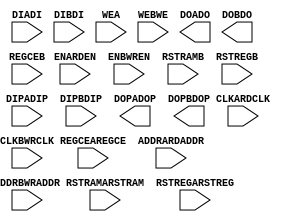
module RAMB18E1 (
	input CLKARDCLK,
	input CLKBWRCLK,
	input ENARDEN,
	input ENBWREN,
	input REGCEAREGCE,
	input REGCEB,
	input RSTRAMARSTRAM,
	input RSTRAMB,
	input RSTREGARSTREG,
	input RSTREGB,

	input [13:0] ADDRARDADDR,
	input [13:0] ADDRBWRADDR,
	input [15:0] DIADI,
	input [15:0] DIBDI,
	input [1:0] DIPADIP,
	input [1:0] DIPBDIP,
	input [1:0] WEA,
	input [3:0] WEBWE,

	output [15:0] DOADO,
	output [15:0] DOBDO,
	output [1:0] DOPADOP,
	output [1:0] DOPBDOP
);
	parameter INITP_00 = 256'h0000000000000000000000000000000000000000000000000000000000000000;
	parameter INITP_01 = 256'h0000000000000000000000000000000000000000000000000000000000000000;
	parameter INITP_02 = 256'h0000000000000000000000000000000000000000000000000000000000000000;
	parameter INITP_03 = 256'h0000000000000000000000000000000000000000000000000000000000000000;
	parameter INITP_04 = 256'h0000000000000000000000000000000000000000000000000000000000000000;
	parameter INITP_05 = 256'h0000000000000000000000000000000000000000000000000000000000000000;
	parameter INITP_06 = 256'h0000000000000000000000000000000000000000000000000000000000000000;
	parameter INITP_07 = 256'h0000000000000000000000000000000000000000000000000000000000000000;

	parameter INIT_00 = 256'h0000000000000000000000000000000000000000000000000000000000000000;
	parameter INIT_01 = 256'h0000000000000000000000000000000000000000000000000000000000000000;
	parameter INIT_02 = 256'h0000000000000000000000000000000000000000000000000000000000000000;
	parameter INIT_03 = 256'h0000000000000000000000000000000000000000000000000000000000000000;
	parameter INIT_04 = 256'h0000000000000000000000000000000000000000000000000000000000000000;
	parameter INIT_05 = 256'h0000000000000000000000000000000000000000000000000000000000000000;
	parameter INIT_06 = 256'h0000000000000000000000000000000000000000000000000000000000000000;
	parameter INIT_07 = 256'h0000000000000000000000000000000000000000000000000000000000000000;
	parameter INIT_08 = 256'h0000000000000000000000000000000000000000000000000000000000000000;
	parameter INIT_09 = 256'h0000000000000000000000000000000000000000000000000000000000000000;
	parameter INIT_0A = 256'h0000000000000000000000000000000000000000000000000000000000000000;
	parameter INIT_0B = 256'h0000000000000000000000000000000000000000000000000000000000000000;
	parameter INIT_0C = 256'h0000000000000000000000000000000000000000000000000000000000000000;
	parameter INIT_0D = 256'h0000000000000000000000000000000000000000000000000000000000000000;
	parameter INIT_0E = 256'h0000000000000000000000000000000000000000000000000000000000000000;
	parameter INIT_0F = 256'h0000000000000000000000000000000000000000000000000000000000000000;
	parameter INIT_10 = 256'h0000000000000000000000000000000000000000000000000000000000000000;
	parameter INIT_11 = 256'h0000000000000000000000000000000000000000000000000000000000000000;
	parameter INIT_12 = 256'h0000000000000000000000000000000000000000000000000000000000000000;
	parameter INIT_13 = 256'h0000000000000000000000000000000000000000000000000000000000000000;
	parameter INIT_14 = 256'h0000000000000000000000000000000000000000000000000000000000000000;
	parameter INIT_15 = 256'h0000000000000000000000000000000000000000000000000000000000000000;
	parameter INIT_16 = 256'h0000000000000000000000000000000000000000000000000000000000000000;
	parameter INIT_17 = 256'h0000000000000000000000000000000000000000000000000000000000000000;
	parameter INIT_18 = 256'h0000000000000000000000000000000000000000000000000000000000000000;
	parameter INIT_19 = 256'h0000000000000000000000000000000000000000000000000000000000000000;
	parameter INIT_1A = 256'h0000000000000000000000000000000000000000000000000000000000000000;
	parameter INIT_1B = 256'h0000000000000000000000000000000000000000000000000000000000000000;
	parameter INIT_1C = 256'h0000000000000000000000000000000000000000000000000000000000000000;
	parameter INIT_1D = 256'h0000000000000000000000000000000000000000000000000000000000000000;
	parameter INIT_1E = 256'h0000000000000000000000000000000000000000000000000000000000000000;
	parameter INIT_1F = 256'h0000000000000000000000000000000000000000000000000000000000000000;
	parameter INIT_20 = 256'h0000000000000000000000000000000000000000000000000000000000000000;
	parameter INIT_21 = 256'h0000000000000000000000000000000000000000000000000000000000000000;
	parameter INIT_22 = 256'h0000000000000000000000000000000000000000000000000000000000000000;
	parameter INIT_23 = 256'h0000000000000000000000000000000000000000000000000000000000000000;
	parameter INIT_24 = 256'h0000000000000000000000000000000000000000000000000000000000000000;
	parameter INIT_25 = 256'h0000000000000000000000000000000000000000000000000000000000000000;
	parameter INIT_26 = 256'h0000000000000000000000000000000000000000000000000000000000000000;
	parameter INIT_27 = 256'h0000000000000000000000000000000000000000000000000000000000000000;
	parameter INIT_28 = 256'h0000000000000000000000000000000000000000000000000000000000000000;
	parameter INIT_29 = 256'h0000000000000000000000000000000000000000000000000000000000000000;
	parameter INIT_2A = 256'h0000000000000000000000000000000000000000000000000000000000000000;
	parameter INIT_2B = 256'h0000000000000000000000000000000000000000000000000000000000000000;
	parameter INIT_2C = 256'h0000000000000000000000000000000000000000000000000000000000000000;
	parameter INIT_2D = 256'h0000000000000000000000000000000000000000000000000000000000000000;
	parameter INIT_2E = 256'h0000000000000000000000000000000000000000000000000000000000000000;
	parameter INIT_2F = 256'h0000000000000000000000000000000000000000000000000000000000000000;
	parameter INIT_30 = 256'h0000000000000000000000000000000000000000000000000000000000000000;
	parameter INIT_31 = 256'h0000000000000000000000000000000000000000000000000000000000000000;
	parameter INIT_32 = 256'h0000000000000000000000000000000000000000000000000000000000000000;
	parameter INIT_33 = 256'h0000000000000000000000000000000000000000000000000000000000000000;
	parameter INIT_34 = 256'h0000000000000000000000000000000000000000000000000000000000000000;
	parameter INIT_35 = 256'h0000000000000000000000000000000000000000000000000000000000000000;
	parameter INIT_36 = 256'h0000000000000000000000000000000000000000000000000000000000000000;
	parameter INIT_37 = 256'h0000000000000000000000000000000000000000000000000000000000000000;
	parameter INIT_38 = 256'h0000000000000000000000000000000000000000000000000000000000000000;
	parameter INIT_39 = 256'h0000000000000000000000000000000000000000000000000000000000000000;
	parameter INIT_3A = 256'h0000000000000000000000000000000000000000000000000000000000000000;
	parameter INIT_3B = 256'h0000000000000000000000000000000000000000000000000000000000000000;
	parameter INIT_3C = 256'h0000000000000000000000000000000000000000000000000000000000000000;
	parameter INIT_3D = 256'h0000000000000000000000000000000000000000000000000000000000000000;
	parameter INIT_3E = 256'h0000000000000000000000000000000000000000000000000000000000000000;
	parameter INIT_3F = 256'h0000000000000000000000000000000000000000000000000000000000000000;

	parameter IS_CLKARDCLK_INVERTED = 1'b0;
	parameter IS_CLKBWRCLK_INVERTED = 1'b0;
	parameter IS_ENARDEN_INVERTED = 1'b0;
	parameter IS_ENBWREN_INVERTED = 1'b0;
	parameter IS_RSTRAMARSTRAM_INVERTED = 1'b0;
	parameter IS_RSTRAMB_INVERTED = 1'b0;
	parameter IS_RSTREGARSTREG_INVERTED = 1'b0;
	parameter IS_RSTREGB_INVERTED = 1'b0;

	parameter RAM_MODE = "TDP";
	parameter integer DOA_REG = 0;
	parameter integer DOB_REG = 0;

	parameter integer READ_WIDTH_A = 0;
	parameter integer READ_WIDTH_B = 0;
	parameter integer WRITE_WIDTH_A = 0;
	parameter integer WRITE_WIDTH_B = 0;

	parameter WRITE_MODE_A = "WRITE_FIRST";
	parameter WRITE_MODE_B = "WRITE_FIRST";

	parameter SIM_DEVICE = "VIRTEX6";
endmodule

module RAMB36E1 (
	input CLKARDCLK,
	input CLKBWRCLK,
	input ENARDEN,
	input ENBWREN,
	input REGCEAREGCE,
	input REGCEB,
	input RSTRAMARSTRAM,
	input RSTRAMB,
	input RSTREGARSTREG,
	input RSTREGB,

	input [15:0] ADDRARDADDR,
	input [15:0] ADDRBWRADDR,
	input [31:0] DIADI,
	input [31:0] DIBDI,
	input [3:0] DIPADIP,
	input [3:0] DIPBDIP,
	input [3:0] WEA,
	input [7:0] WEBWE,

	output [31:0] DOADO,
	output [31:0] DOBDO,
	output [3:0] DOPADOP,
	output [3:0] DOPBDOP
);
	parameter INITP_00 = 256'h0000000000000000000000000000000000000000000000000000000000000000;
	parameter INITP_01 = 256'h0000000000000000000000000000000000000000000000000000000000000000;
	parameter INITP_02 = 256'h0000000000000000000000000000000000000000000000000000000000000000;
	parameter INITP_03 = 256'h0000000000000000000000000000000000000000000000000000000000000000;
	parameter INITP_04 = 256'h0000000000000000000000000000000000000000000000000000000000000000;
	parameter INITP_05 = 256'h0000000000000000000000000000000000000000000000000000000000000000;
	parameter INITP_06 = 256'h0000000000000000000000000000000000000000000000000000000000000000;
	parameter INITP_07 = 256'h0000000000000000000000000000000000000000000000000000000000000000;
	parameter INITP_08 = 256'h0000000000000000000000000000000000000000000000000000000000000000;
	parameter INITP_09 = 256'h0000000000000000000000000000000000000000000000000000000000000000;
	parameter INITP_0A = 256'h0000000000000000000000000000000000000000000000000000000000000000;
	parameter INITP_0B = 256'h0000000000000000000000000000000000000000000000000000000000000000;
	parameter INITP_0C = 256'h0000000000000000000000000000000000000000000000000000000000000000;
	parameter INITP_0D = 256'h0000000000000000000000000000000000000000000000000000000000000000;
	parameter INITP_0E = 256'h0000000000000000000000000000000000000000000000000000000000000000;
	parameter INITP_0F = 256'h0000000000000000000000000000000000000000000000000000000000000000;

	parameter INIT_00 = 256'h0000000000000000000000000000000000000000000000000000000000000000;
	parameter INIT_01 = 256'h0000000000000000000000000000000000000000000000000000000000000000;
	parameter INIT_02 = 256'h0000000000000000000000000000000000000000000000000000000000000000;
	parameter INIT_03 = 256'h0000000000000000000000000000000000000000000000000000000000000000;
	parameter INIT_04 = 256'h0000000000000000000000000000000000000000000000000000000000000000;
	parameter INIT_05 = 256'h0000000000000000000000000000000000000000000000000000000000000000;
	parameter INIT_06 = 256'h0000000000000000000000000000000000000000000000000000000000000000;
	parameter INIT_07 = 256'h0000000000000000000000000000000000000000000000000000000000000000;
	parameter INIT_08 = 256'h0000000000000000000000000000000000000000000000000000000000000000;
	parameter INIT_09 = 256'h0000000000000000000000000000000000000000000000000000000000000000;
	parameter INIT_0A = 256'h0000000000000000000000000000000000000000000000000000000000000000;
	parameter INIT_0B = 256'h0000000000000000000000000000000000000000000000000000000000000000;
	parameter INIT_0C = 256'h0000000000000000000000000000000000000000000000000000000000000000;
	parameter INIT_0D = 256'h0000000000000000000000000000000000000000000000000000000000000000;
	parameter INIT_0E = 256'h0000000000000000000000000000000000000000000000000000000000000000;
	parameter INIT_0F = 256'h0000000000000000000000000000000000000000000000000000000000000000;
	parameter INIT_10 = 256'h0000000000000000000000000000000000000000000000000000000000000000;
	parameter INIT_11 = 256'h0000000000000000000000000000000000000000000000000000000000000000;
	parameter INIT_12 = 256'h0000000000000000000000000000000000000000000000000000000000000000;
	parameter INIT_13 = 256'h0000000000000000000000000000000000000000000000000000000000000000;
	parameter INIT_14 = 256'h0000000000000000000000000000000000000000000000000000000000000000;
	parameter INIT_15 = 256'h0000000000000000000000000000000000000000000000000000000000000000;
	parameter INIT_16 = 256'h0000000000000000000000000000000000000000000000000000000000000000;
	parameter INIT_17 = 256'h0000000000000000000000000000000000000000000000000000000000000000;
	parameter INIT_18 = 256'h0000000000000000000000000000000000000000000000000000000000000000;
	parameter INIT_19 = 256'h0000000000000000000000000000000000000000000000000000000000000000;
	parameter INIT_1A = 256'h0000000000000000000000000000000000000000000000000000000000000000;
	parameter INIT_1B = 256'h0000000000000000000000000000000000000000000000000000000000000000;
	parameter INIT_1C = 256'h0000000000000000000000000000000000000000000000000000000000000000;
	parameter INIT_1D = 256'h0000000000000000000000000000000000000000000000000000000000000000;
	parameter INIT_1E = 256'h0000000000000000000000000000000000000000000000000000000000000000;
	parameter INIT_1F = 256'h0000000000000000000000000000000000000000000000000000000000000000;
	parameter INIT_20 = 256'h0000000000000000000000000000000000000000000000000000000000000000;
	parameter INIT_21 = 256'h0000000000000000000000000000000000000000000000000000000000000000;
	parameter INIT_22 = 256'h0000000000000000000000000000000000000000000000000000000000000000;
	parameter INIT_23 = 256'h0000000000000000000000000000000000000000000000000000000000000000;
	parameter INIT_24 = 256'h0000000000000000000000000000000000000000000000000000000000000000;
	parameter INIT_25 = 256'h0000000000000000000000000000000000000000000000000000000000000000;
	parameter INIT_26 = 256'h0000000000000000000000000000000000000000000000000000000000000000;
	parameter INIT_27 = 256'h0000000000000000000000000000000000000000000000000000000000000000;
	parameter INIT_28 = 256'h0000000000000000000000000000000000000000000000000000000000000000;
	parameter INIT_29 = 256'h0000000000000000000000000000000000000000000000000000000000000000;
	parameter INIT_2A = 256'h0000000000000000000000000000000000000000000000000000000000000000;
	parameter INIT_2B = 256'h0000000000000000000000000000000000000000000000000000000000000000;
	parameter INIT_2C = 256'h0000000000000000000000000000000000000000000000000000000000000000;
	parameter INIT_2D = 256'h0000000000000000000000000000000000000000000000000000000000000000;
	parameter INIT_2E = 256'h0000000000000000000000000000000000000000000000000000000000000000;
	parameter INIT_2F = 256'h0000000000000000000000000000000000000000000000000000000000000000;
	parameter INIT_30 = 256'h0000000000000000000000000000000000000000000000000000000000000000;
	parameter INIT_31 = 256'h0000000000000000000000000000000000000000000000000000000000000000;
	parameter INIT_32 = 256'h0000000000000000000000000000000000000000000000000000000000000000;
	parameter INIT_33 = 256'h0000000000000000000000000000000000000000000000000000000000000000;
	parameter INIT_34 = 256'h0000000000000000000000000000000000000000000000000000000000000000;
	parameter INIT_35 = 256'h0000000000000000000000000000000000000000000000000000000000000000;
	parameter INIT_36 = 256'h0000000000000000000000000000000000000000000000000000000000000000;
	parameter INIT_37 = 256'h0000000000000000000000000000000000000000000000000000000000000000;
	parameter INIT_38 = 256'h0000000000000000000000000000000000000000000000000000000000000000;
	parameter INIT_39 = 256'h0000000000000000000000000000000000000000000000000000000000000000;
	parameter INIT_3A = 256'h0000000000000000000000000000000000000000000000000000000000000000;
	parameter INIT_3B = 256'h0000000000000000000000000000000000000000000000000000000000000000;
	parameter INIT_3C = 256'h0000000000000000000000000000000000000000000000000000000000000000;
	parameter INIT_3D = 256'h0000000000000000000000000000000000000000000000000000000000000000;
	parameter INIT_3E = 256'h0000000000000000000000000000000000000000000000000000000000000000;
	parameter INIT_3F = 256'h0000000000000000000000000000000000000000000000000000000000000000;
	parameter INIT_40 = 256'h0000000000000000000000000000000000000000000000000000000000000000;
	parameter INIT_41 = 256'h0000000000000000000000000000000000000000000000000000000000000000;
	parameter INIT_42 = 256'h0000000000000000000000000000000000000000000000000000000000000000;
	parameter INIT_43 = 256'h0000000000000000000000000000000000000000000000000000000000000000;
	parameter INIT_44 = 256'h0000000000000000000000000000000000000000000000000000000000000000;
	parameter INIT_45 = 256'h0000000000000000000000000000000000000000000000000000000000000000;
	parameter INIT_46 = 256'h0000000000000000000000000000000000000000000000000000000000000000;
	parameter INIT_47 = 256'h0000000000000000000000000000000000000000000000000000000000000000;
	parameter INIT_48 = 256'h0000000000000000000000000000000000000000000000000000000000000000;
	parameter INIT_49 = 256'h0000000000000000000000000000000000000000000000000000000000000000;
	parameter INIT_4A = 256'h0000000000000000000000000000000000000000000000000000000000000000;
	parameter INIT_4B = 256'h0000000000000000000000000000000000000000000000000000000000000000;
	parameter INIT_4C = 256'h0000000000000000000000000000000000000000000000000000000000000000;
	parameter INIT_4D = 256'h0000000000000000000000000000000000000000000000000000000000000000;
	parameter INIT_4E = 256'h0000000000000000000000000000000000000000000000000000000000000000;
	parameter INIT_4F = 256'h0000000000000000000000000000000000000000000000000000000000000000;
	parameter INIT_50 = 256'h0000000000000000000000000000000000000000000000000000000000000000;
	parameter INIT_51 = 256'h0000000000000000000000000000000000000000000000000000000000000000;
	parameter INIT_52 = 256'h0000000000000000000000000000000000000000000000000000000000000000;
	parameter INIT_53 = 256'h0000000000000000000000000000000000000000000000000000000000000000;
	parameter INIT_54 = 256'h0000000000000000000000000000000000000000000000000000000000000000;
	parameter INIT_55 = 256'h0000000000000000000000000000000000000000000000000000000000000000;
	parameter INIT_56 = 256'h0000000000000000000000000000000000000000000000000000000000000000;
	parameter INIT_57 = 256'h0000000000000000000000000000000000000000000000000000000000000000;
	parameter INIT_58 = 256'h0000000000000000000000000000000000000000000000000000000000000000;
	parameter INIT_59 = 256'h0000000000000000000000000000000000000000000000000000000000000000;
	parameter INIT_5A = 256'h0000000000000000000000000000000000000000000000000000000000000000;
	parameter INIT_5B = 256'h0000000000000000000000000000000000000000000000000000000000000000;
	parameter INIT_5C = 256'h0000000000000000000000000000000000000000000000000000000000000000;
	parameter INIT_5D = 256'h0000000000000000000000000000000000000000000000000000000000000000;
	parameter INIT_5E = 256'h0000000000000000000000000000000000000000000000000000000000000000;
	parameter INIT_5F = 256'h0000000000000000000000000000000000000000000000000000000000000000;
	parameter INIT_60 = 256'h0000000000000000000000000000000000000000000000000000000000000000;
	parameter INIT_61 = 256'h0000000000000000000000000000000000000000000000000000000000000000;
	parameter INIT_62 = 256'h0000000000000000000000000000000000000000000000000000000000000000;
	parameter INIT_63 = 256'h0000000000000000000000000000000000000000000000000000000000000000;
	parameter INIT_64 = 256'h0000000000000000000000000000000000000000000000000000000000000000;
	parameter INIT_65 = 256'h0000000000000000000000000000000000000000000000000000000000000000;
	parameter INIT_66 = 256'h0000000000000000000000000000000000000000000000000000000000000000;
	parameter INIT_67 = 256'h0000000000000000000000000000000000000000000000000000000000000000;
	parameter INIT_68 = 256'h0000000000000000000000000000000000000000000000000000000000000000;
	parameter INIT_69 = 256'h0000000000000000000000000000000000000000000000000000000000000000;
	parameter INIT_6A = 256'h0000000000000000000000000000000000000000000000000000000000000000;
	parameter INIT_6B = 256'h0000000000000000000000000000000000000000000000000000000000000000;
	parameter INIT_6C = 256'h0000000000000000000000000000000000000000000000000000000000000000;
	parameter INIT_6D = 256'h0000000000000000000000000000000000000000000000000000000000000000;
	parameter INIT_6E = 256'h0000000000000000000000000000000000000000000000000000000000000000;
	parameter INIT_6F = 256'h0000000000000000000000000000000000000000000000000000000000000000;
	parameter INIT_70 = 256'h0000000000000000000000000000000000000000000000000000000000000000;
	parameter INIT_71 = 256'h0000000000000000000000000000000000000000000000000000000000000000;
	parameter INIT_72 = 256'h0000000000000000000000000000000000000000000000000000000000000000;
	parameter INIT_73 = 256'h0000000000000000000000000000000000000000000000000000000000000000;
	parameter INIT_74 = 256'h0000000000000000000000000000000000000000000000000000000000000000;
	parameter INIT_75 = 256'h0000000000000000000000000000000000000000000000000000000000000000;
	parameter INIT_76 = 256'h0000000000000000000000000000000000000000000000000000000000000000;
	parameter INIT_77 = 256'h0000000000000000000000000000000000000000000000000000000000000000;
	parameter INIT_78 = 256'h0000000000000000000000000000000000000000000000000000000000000000;
	parameter INIT_79 = 256'h0000000000000000000000000000000000000000000000000000000000000000;
	parameter INIT_7A = 256'h0000000000000000000000000000000000000000000000000000000000000000;
	parameter INIT_7B = 256'h0000000000000000000000000000000000000000000000000000000000000000;
	parameter INIT_7C = 256'h0000000000000000000000000000000000000000000000000000000000000000;
	parameter INIT_7D = 256'h0000000000000000000000000000000000000000000000000000000000000000;
	parameter INIT_7E = 256'h0000000000000000000000000000000000000000000000000000000000000000;
	parameter INIT_7F = 256'h0000000000000000000000000000000000000000000000000000000000000000;

	parameter IS_CLKARDCLK_INVERTED = 1'b0;
	parameter IS_CLKBWRCLK_INVERTED = 1'b0;
	parameter IS_ENARDEN_INVERTED = 1'b0;
	parameter IS_ENBWREN_INVERTED = 1'b0;
	parameter IS_RSTRAMARSTRAM_INVERTED = 1'b0;
	parameter IS_RSTRAMB_INVERTED = 1'b0;
	parameter IS_RSTREGARSTREG_INVERTED = 1'b0;
	parameter IS_RSTREGB_INVERTED = 1'b0;

	parameter RAM_MODE = "TDP";
	parameter integer DOA_REG = 0;
	parameter integer DOB_REG = 0;

	parameter integer READ_WIDTH_A = 0;
	parameter integer READ_WIDTH_B = 0;
	parameter integer WRITE_WIDTH_A = 0;
	parameter integer WRITE_WIDTH_B = 0;

	parameter WRITE_MODE_A = "WRITE_FIRST";
	parameter WRITE_MODE_B = "WRITE_FIRST";

	parameter SIM_DEVICE = "VIRTEX6";
endmodule